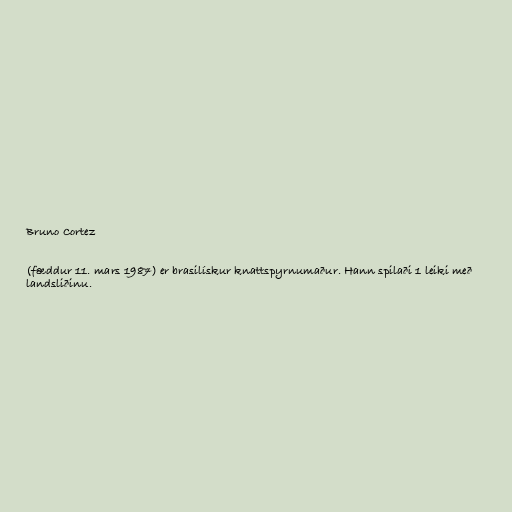
Bruno Cortez

(fæddur 11. mars 1987) er brasilískur knattspyrnumaður. Hann spilaði 1 leiki með
landsliðinu.